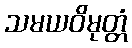
သမယဝိမုတ္တံ